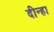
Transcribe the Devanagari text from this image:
दीन्हा